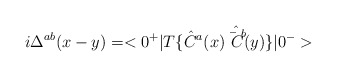
\begin{align*}i\Delta ^{ab}(x-y)=<0^{+}|T\{\hat C^a(x)\hat {\bar C^b}(y)\}|0^{-}>\end{align*}